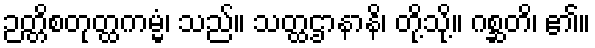
ဉတ္တိစတုတ္ထကမ္မံ၊ သည်။ သတ္ထဌာနာနိ၊ တို့သို့။ ဂစ္ဆတိ၊ ၏။